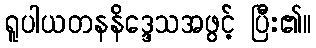
ရူပါယတနနိဒ္ဒေသအဖွင့် ပြီး၏။